Plague in India, 1896, 1897 - Volume 1
Year: 1896
Disease focus: Plague
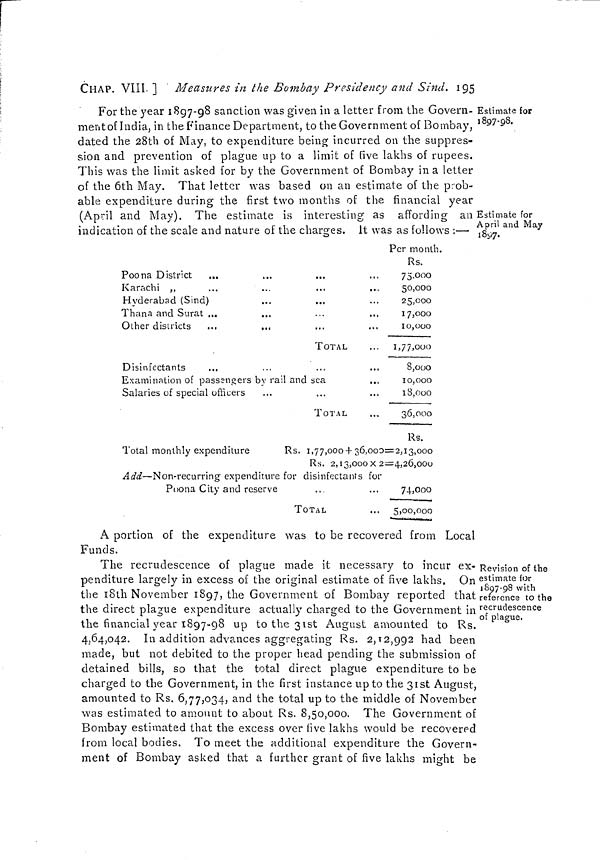
CHAP. VIII. ] Measures in the Bombay Presidency and Sind. 195
Estimate for
1897-98.
Estimate for
April and May
1897.
For the year 1897-98 sanction was given in a letter from the Govern-
ment of India, in the Finance Department, to the Government of Bombay,
dated the 28th of May, to expenditure being incurred on the suppres-
sion and prevention of plague up to a limit of five lakhs of rupees.
This was the limit asked for by the Government of Bombay in a letter
of the 6th May. That letter was based on an estimate of the prob-
able expenditure during the first two months of the financial year
(April and May). The estimate is interesting as affording an
indication of the scale and nature of the charges. It was as follows :—
Poona District
...
Karachi ,,
...
...
...
...
Hyderabad (Sind)
Thana and Surat ...
Other districts
...
...
TOTAL
Disinfectants
Examination of passengers by rail and sea
...
Salaries of special officers
TOTAL
Per month.
Rs.
73.000
50,000
25,000
17,000
10,000
1,77,000
8,000
10,000
18,000
36,000
Rs.
Total monthly expenditure
Rs.
1,77,000 + 36,000=2,13,000
Rs. 2,13,000 x 2=4,26,000
Add—Non-recurring expenditure for disinfectants for
Poona City and reserve
TOTAL
74,000
5,00,000
Revision of the
estimate for
1897-98 with
reference to the
recrudescence
of plague.
A portion of the expenditure was to be recovered from Local
Funds.
The recrudescence of plague made it necessary to incur ex-
penditure largely in excess of the original estimate of five lakhs. On
the 18th November 1897, the Government of Bombay reported that
the direct plague expenditure actually charged to the Government in
the financial year 1897-98 up to the 31st August amounted to Rs.
4,64,042. In addition advances aggregating Rs. 2,12,992 had been
made, but not debited to the proper head pending the submission of
detained bills, so that the total direct plague expenditure to be
charged to the Government, in the first instance up to the 31st August,
amounted to Rs. 6,77,034, and the total up to the middle of November
was estimated to amount to about Rs. 8,50,000. The Government of
Bombay estimated that the excess over five lakhs would be recovered
from local bodies. To meet the additional expenditure the Govern-
ment of Bombay asked that a further grant of five lakhs might be